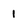
Character: 1